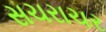
સચરાચર